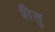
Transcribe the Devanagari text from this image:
शैतु